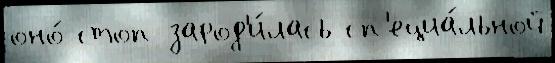
оно́ стоп зарод'и́лась сп'ециа́льной